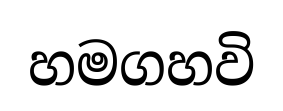
හමගහවි